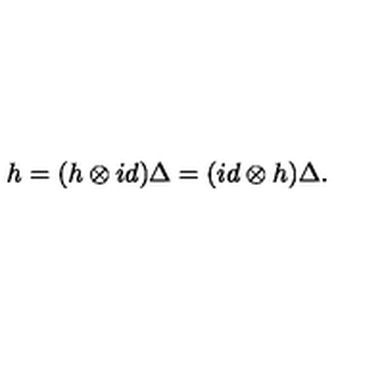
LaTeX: h = ( h \otimes i d ) \Delta = ( i d \otimes h ) \Delta .